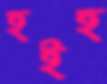
হইহ